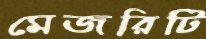
মেজরিটি